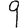
Digit: 9